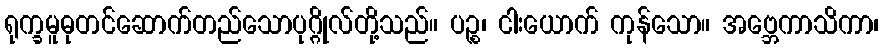
ရုက္ခမူဓုတင်ဆောက်တည်သောပုဂ္ဂိုလ်တို့သည်။ ပဉ္စ၊ ငါးယောက် ကုန်သော။ အဗ္ဘေကာသိကာ၊